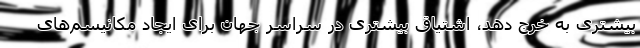
بیشتری به خرج دهد، اشتیاق بیشتری در سراسر جهان برای ایجاد مکانیسم‌های